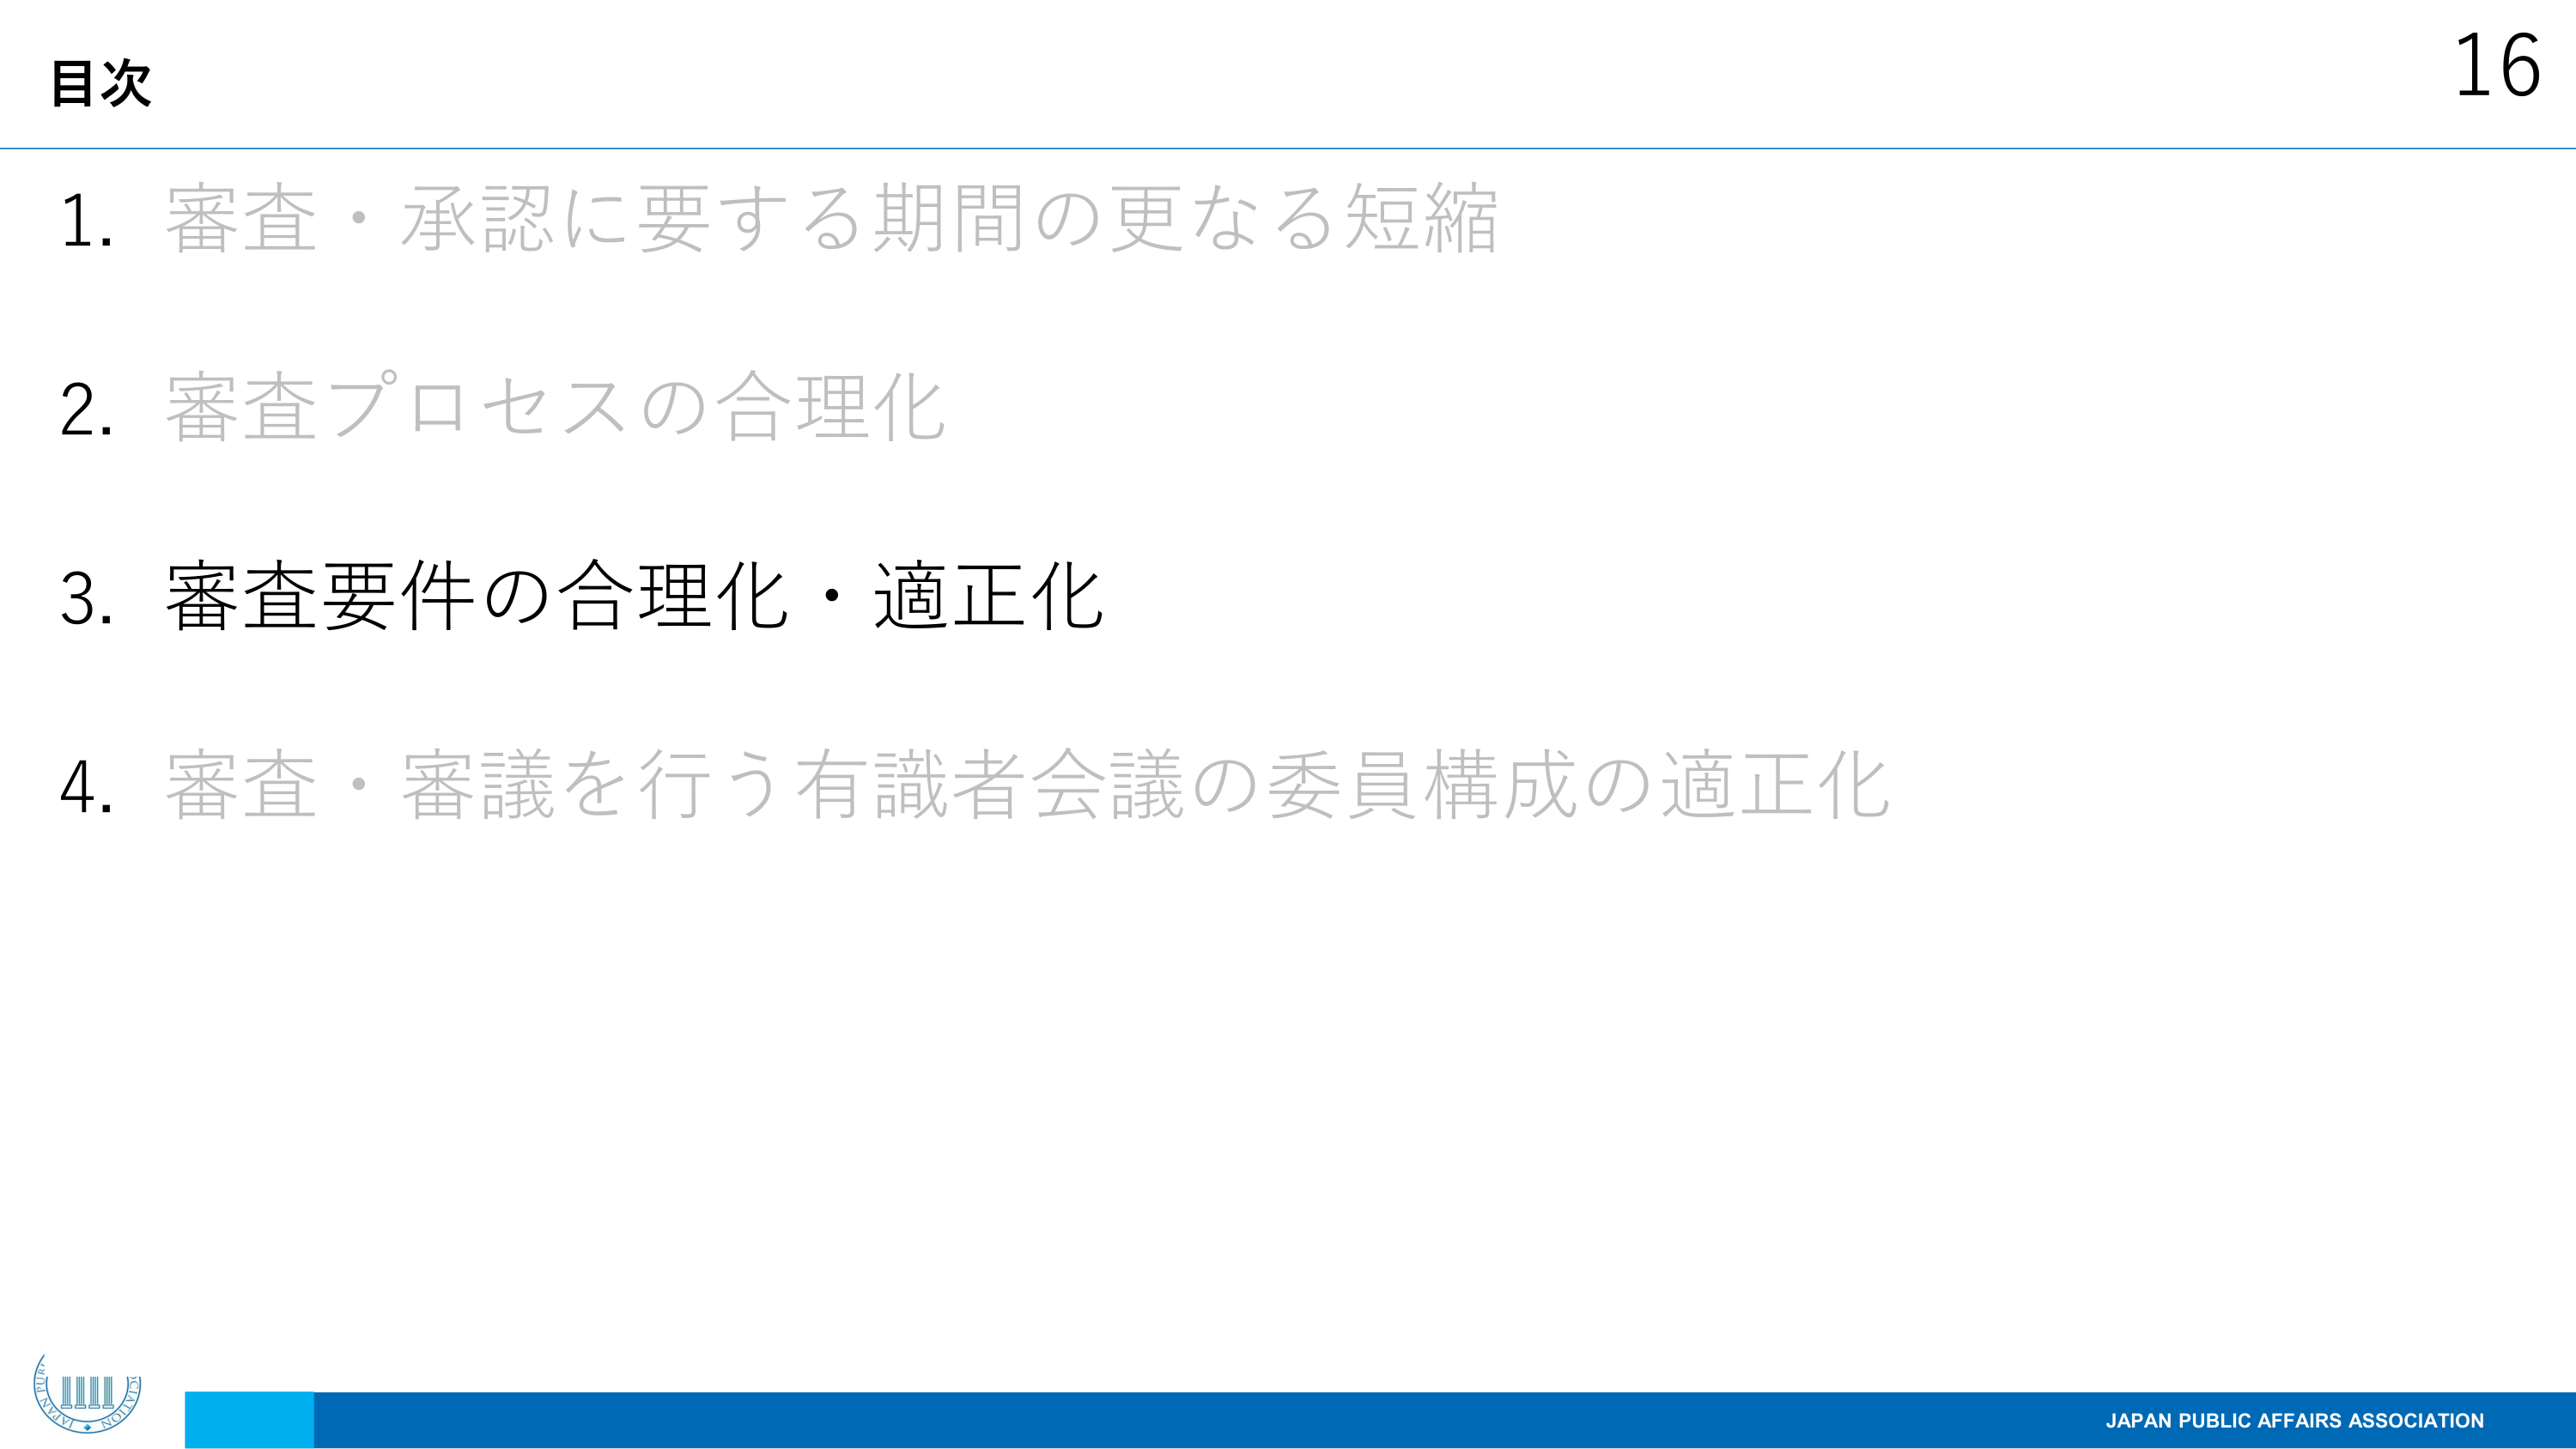
目次
1. 審査・承認に要する期間の更なる短縮
2. 審査プロセスの合理化
3. 審査要件の合理化・適正化
4. 審査・審議を行う有識者会議の委員構成の適正化
16
JAPAN PUBLIC AFFAIRS ASSOCIATION